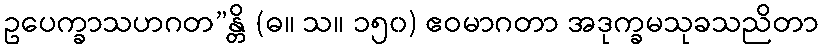
ဥပေက္ခာသဟဂတ”န္တိ (ဓ။ သ။ ၁၅၀) ဧဝမာဂတာ အဒုက္ခမသုခသညိတာ